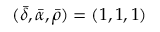
( \bar { \delta } , \bar { \alpha } , \bar { \rho } ) = ( 1 , 1 , 1 )